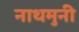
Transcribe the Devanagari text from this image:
नाथमुनी